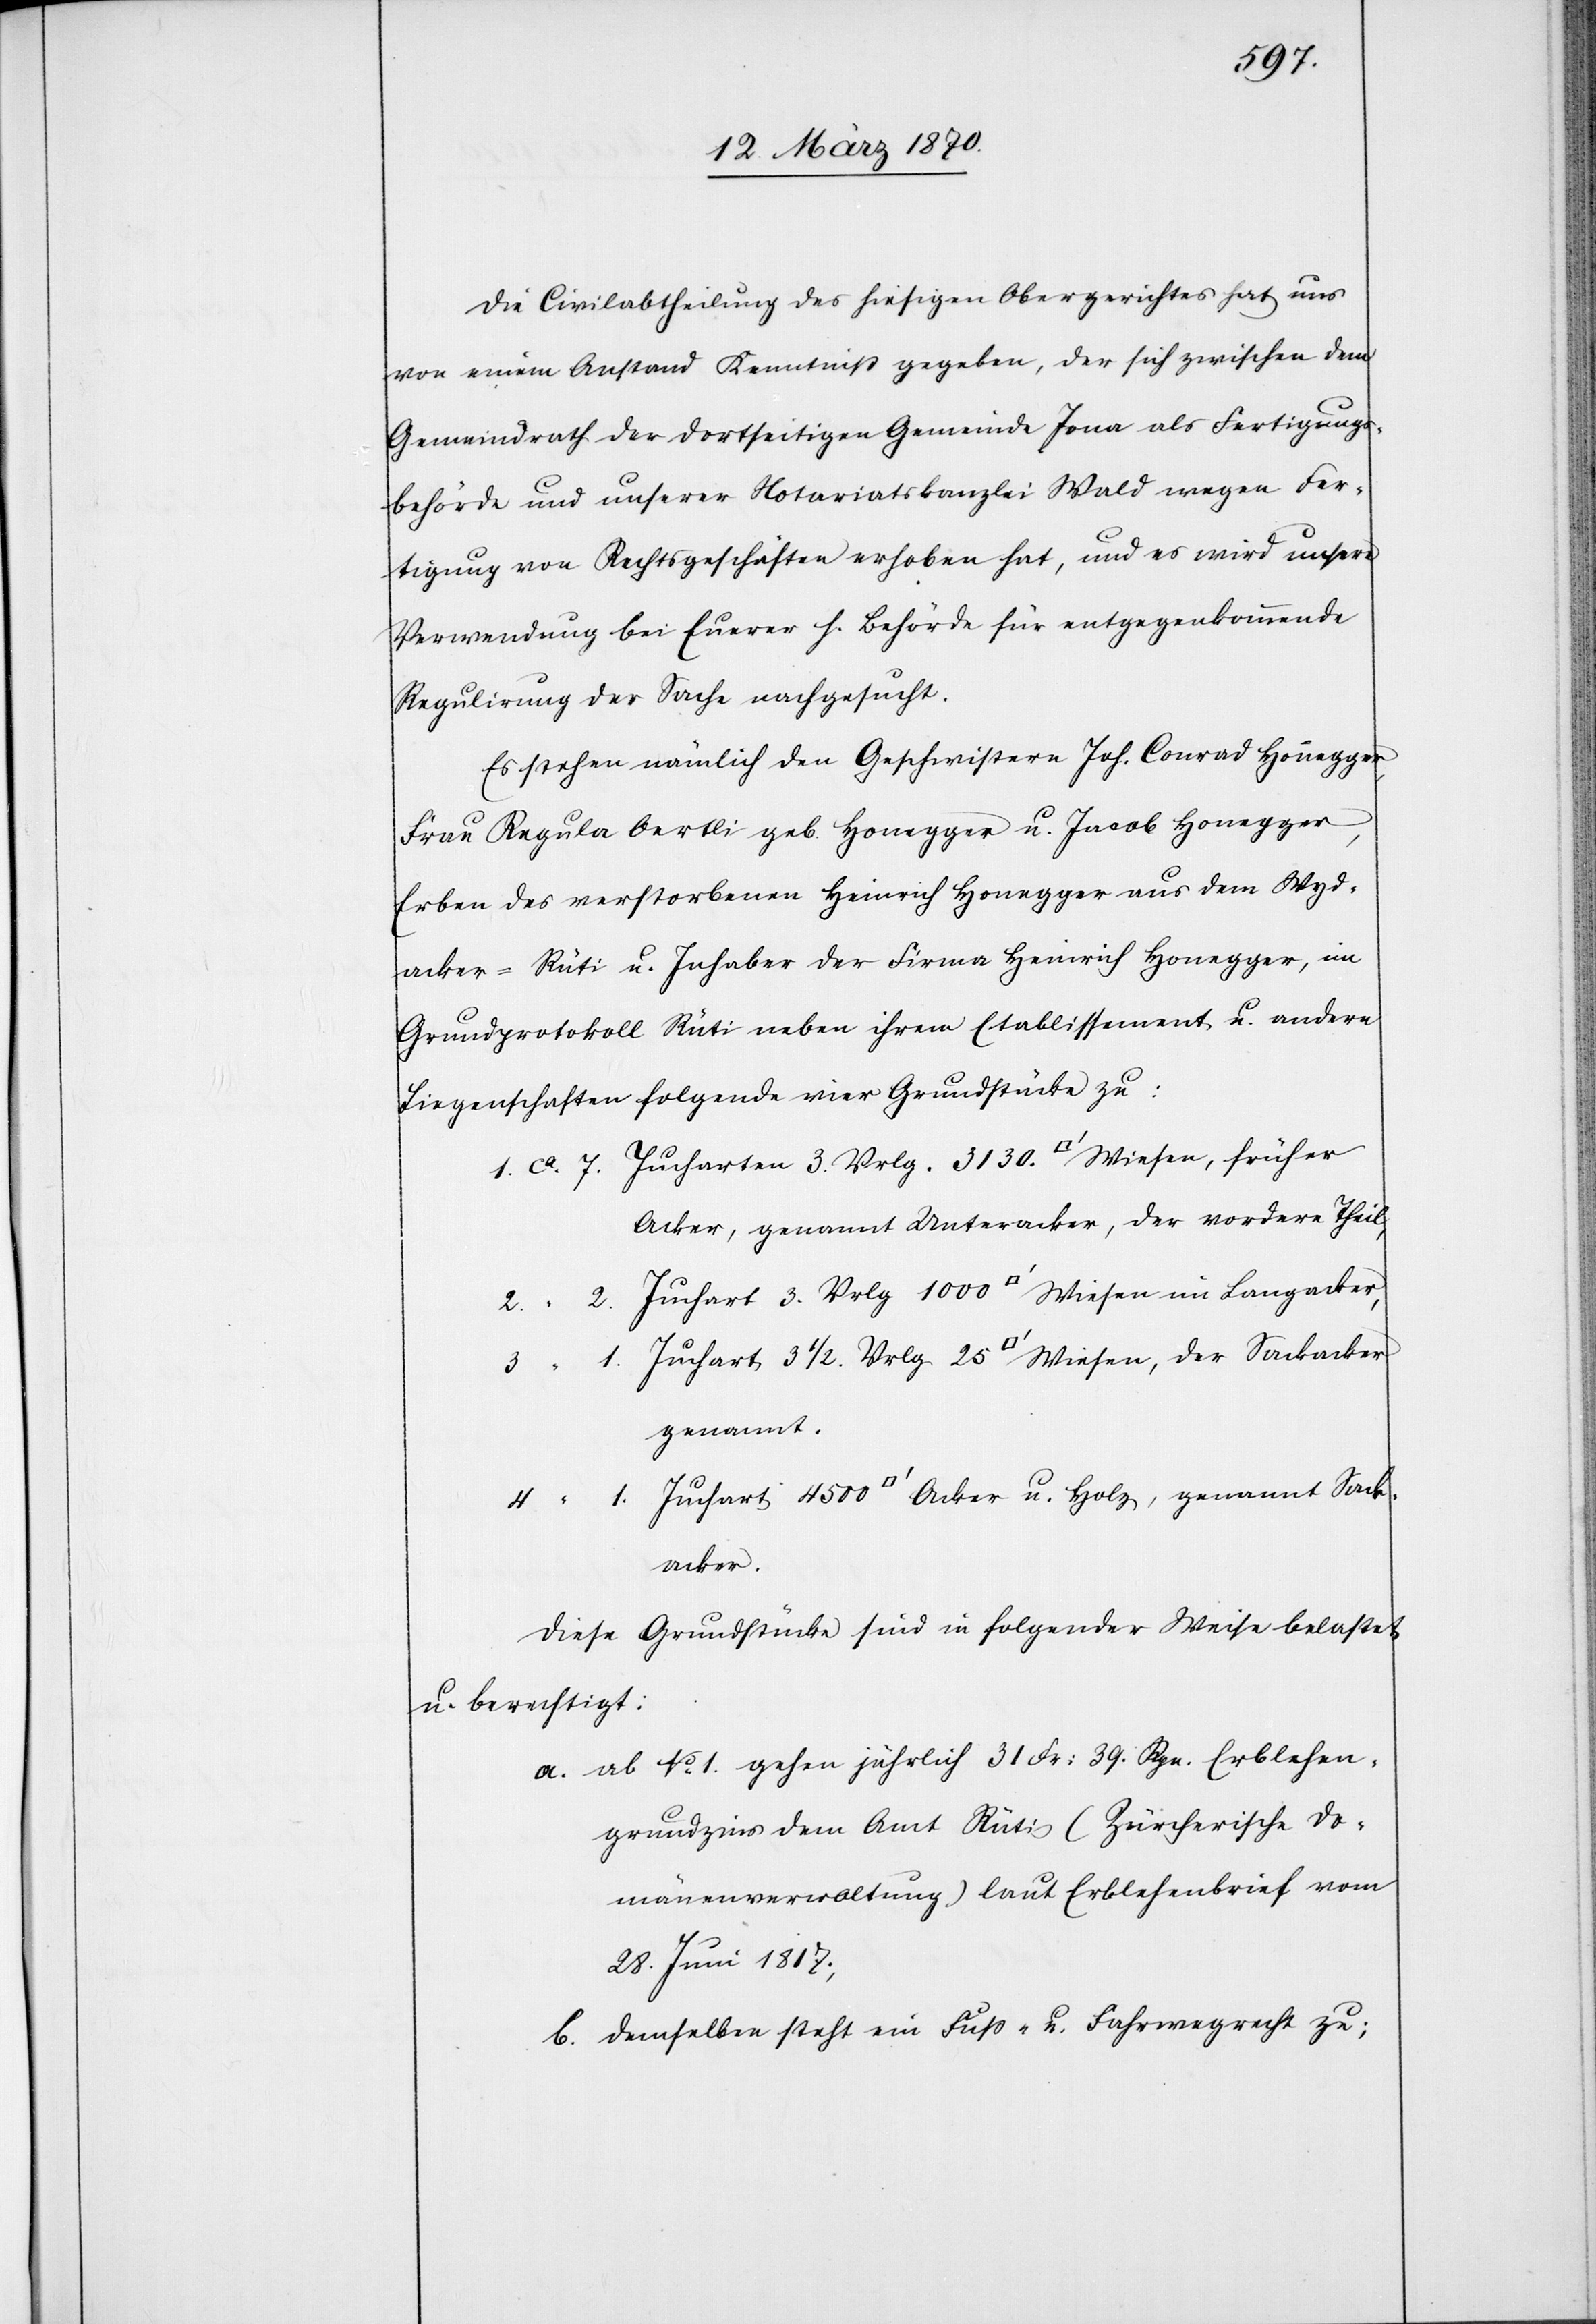
3130.
Die Civilabtheilung des hiesigen Obergerichtes hat uns
von einem Anstand Kenntniß gegeben, der sich zwischen dem
Gemeindrath der dortseitigen Gemeinde Jona als Fertigungs¬
behörde und unserer Notariatskanzlei Wald wegen Fer¬
tigung von Rechtsgeschäften erhoben hat, und es wird unsere
Verwendung bei Euerer h. Behörde für entgegenkommende
Regulirung der Sache nachgesucht.
Es stehen nämlich den Geschwistern Joh. Conrad Honnegger,
Frau Regula Oertli geb. Honegger [sic!] u. Jacob Honegger,
Erben des verstorbenen Heinrich Honegger aus dem Wyd¬
acker-Rüti u. Inhaber der Firma Heinrich Honegger, im
Grundprotokoll Rüti neben ihrem Etablissements u. andern
Liegenschaften folgende vier Grundstücke zu:
Acker, genannt Unteracker, der vordere Theil,
genannt
Acker u.
Diese Grundstücke sind in folgender Weise belastet
u. berechtigt:
a. ab No. 1 gehen jährlich 31 Fr: 39. Rpn. Erblehen¬
grundzins dem Amt Rüti (Zürcherische Do¬
mänenverwaltung) laut Erblehenbrief vom
28. Juni 1817;
b. demselben steht ein Fuß- und Fahrwegrecht zu;